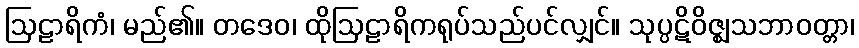
ဩဠာရိကံ၊ မည်၏။ တဒေဝ၊ ထိုဩဠာရိကရုပ်သည်ပင်လျှင်။ သုပ္ပဋိဝိဇ္ဈသဘာဝတ္တာ၊